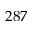
2 8 7